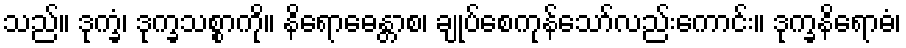
သည်။ ဒုက္ခံ၊ ဒုက္ခသစ္စာကို။ နိရောဓေန္တာစ၊ ချုပ်စေကုန်သော်လည်းကောင်း။ ဒုက္ခနိရောဓံ၊